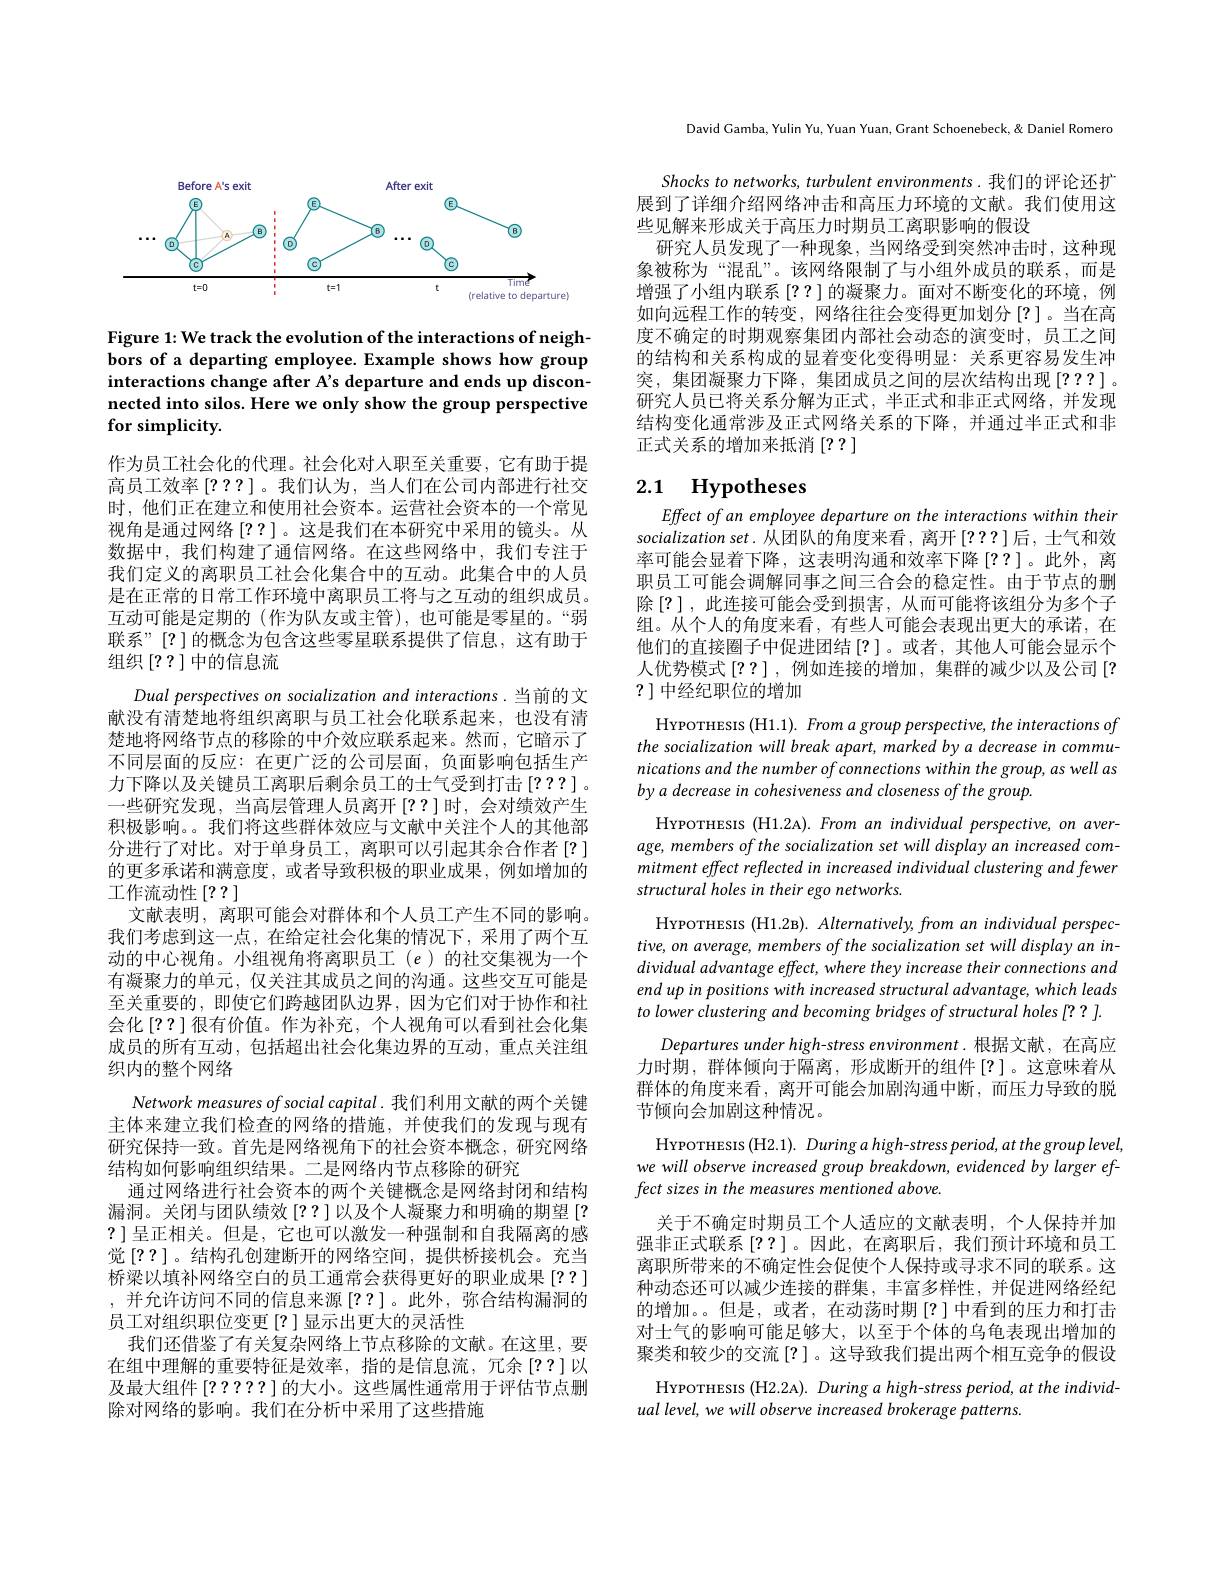
<FigureHere>

Figure 1: We track the evolution of the interactions of neighbors of a departing employee. Example shows how group interactions change after A's departure and ends up disconnected into silos. Here we only show the group perspective for simplicity.

作为员工社会化的代理。社会化对人职至关重要，它有助于提高员工效率[???]。我们认为，当人们在公司内部进行社交时，他们正在建立和使用社会资本。运营社会资本的一个常见视角是通过网络[??] 。这是我们在本研究中采用的镜头。从数据中，我们构建了通信网络。在这些网络中，我们专注于我们定义的离职员工社会化集合中的互动。此集合中的人员是在正常的日常工作环境中离职员工将与之互动的组织成员。互动可能是定期的(作为队友或主管),也可能是零星的。“弱联系”[?]的概念为包含这些零星联系提供了信息，这有助于组织[??]中的信息流
Dual perspectives on socialization and interactions.当前的文献没有清楚地将组织离职与员工社会化联系起来，也没有清楚地将网络节点的移除的中介效应联系起来。然而，它暗示了不同层面的反应：在更广泛的公司层面，负面影响包括生产力下降以及关键员工离职后剩余员工的士气受到打击$\left[???\right]$。一些研究发现，当高层管理人员离开$\left[??\right]$时，会对绩效产生积极影响。。我们将这些群体效应与文献中关注个人的其他部分进行了对比。对于单身员工，离职可以引起其余合作者[?] 的更多承诺和满意度，或者导致积极的职业成果，例如增加的工作流动性[??]
文献表明，离职可能会对群体和个人员工产生不同的影响。我们考虑到这一点，在给定社会化集的情况下，采用了两个互动的中心视角。小组视角将离职员工(e)的社交集视为一个有凝聚力的单元，仅关注其成员之间的沟通。这些交互可能是至关重要的，即使它们跨越团队边界，因为它们对于协作和社会化[??]很有价值。作为补充，个人视角可以看到社会化集成员的所有互动，包括超出社会化集边界的互动，重点关注组织内的整个网络
Network measures of social capital .我们利用文献的两个关键主体来建立我们检查的网络的措施，并使我们的发现与现有研究保持一致。首先是网络视角下的社会资本概念，研究网络结构如何影响组织结果。二是网络内节点移除的研究
通过网络进行社会资本的两个关键概念是网络封闭和结构漏洞。关闭与团队绩效[??]以及个人凝聚力和明确的期望[? ?]呈正相关。但是，它也可以激发一种强制和自我隔离的感觉[??]。结构孔创建断开的网络空间，提供桥接机会。充当桥梁以填补网络空白的员工通常会获得更好的职业成果 [??] ,并允许访问不同的信息来源[??]。此外，弥合结构漏洞的员工对组织职位变更[?]显示出更大的灵活性
我们还借鉴了有关复杂网络上节点移除的文献。在这里，要在组中理解的重要特征是效率，指的是信息流，冗余[??]以及最大组件[?????]的大小。这些属性通常用于评估节点删除对网络的影响。我们在分析中采用了这些措施

David Gamba, Yulin Yu, Yuan Yuan Crant Schoenebeck, & Daniel Romero

Shocks to networks, turbulent environments. 我们的评论还扩展到了详细介绍网络冲击和高压力环境的文献。我们使用这些见解来形成关于高压力时期员工离职影响的假设
研究人员发现了一种现象，当网络受到突然冲击时，这种现象被称为“混乱”。该网络限制了与小组外成员的联系，而是增强了小组内联系[??]的凝聚力。面对不断变化的环境，例如向远程工作的转变，网络往往会变得更加划分[?]。当在高度不确定的时期观察集团内部社会动态的演变时，员工之间的结构和关系构成的显着变化变得明显：关系更容易发生冲突，集团凝聚力下降，集团成员之间的层次结构出现[???]。研究人员已将关系分解为正式，半正式和非正式网络，并发现结构变化通常涉及正式网络关系的下降，并通过半正式和非正式关系的增加来抵消[??]

### 2.1 Hypotheses

Effect of an employee departure on the interactions within their socialization set. 从团队的角度来看，离开 [???]后，士气和效率可能会显着下降，这表明沟通和效率下降[??]。此外，离职员工可能会调解同事之间三合会的稳定性。由于节点的删除$\left[?\right]$,此连接可能会受到损害，从而可能将该组分为多个子组。从个人的角度来看，有些人可能会表现出更大的承诺，在他们的直接圈子中促进团结$\left[?\right]$。或者，其他人可能会显示个人优势模式$\left[??\right]$,例如连接的增加，集群的减少以及公司$\left[?\right]$ ?]中经纪职位的增加

HrrorriesIs (H1.1). From a group perspective, the interactions of the socialization will break apart, marked by a decrease in communications and the number of connections within the group, as well as by a decrease in cohesiveness and closeness of the group.

HrporHEsIs (H1.2A). From an individual perspective, on average, members of the socialization set will display an increased commitment effect reflected in increased individual clustering and fewer structural holes in their ego networks.

Hrpormesıs (H1.2 B). Alternatively, from an individual perspective, on average, members of the socialization set will display an individual advantage effect, where they increase their connections and end up in positions with increased structural advantage, which leads to lower clustering and becoming bridges of structural holes [??].
Departures under high-stress environment. 根据文献，在高应力时期，群体倾向于隔离，形成断开的组件[?]。这意味着从群体的角度来看，离开可能会加剧沟通中断，而压力导致的脱节倾向会加剧这种情况。
Hrporresis (H2.1). During a high-stress period, at the group level, we will observe increased group breakdown, evidenced by larger effect sizes in the measures mentioned above.
关于不确定时期员工个人适应的文献表明，个人保持并加强非正式联系[??]。因此，在离职后，我们预计环境和员工离职所带来的不确定性会促使个人保持或寻求不同的联系。这种动态还可以减少连接的群集，丰富多样性，并促进网络经纪的增加。。但是，或者，在动荡时期[?]中看到的压力和打击对士气的影响可能足够大，以至于个体的乌龟表现出增加的聚类和较少的交流[?]。这导致我们提出两个相互竞争的假设
Hrpormesıs (H2.2A). During a high-stress period, at the individ-
ual level, we will observe increased brokerage patterns